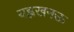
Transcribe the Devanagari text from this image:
यह्लखनऊ